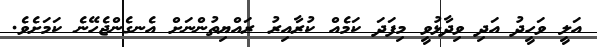
އަލީ ވަހީދު އަދި ވިދާޅުވީ މިފަދަ ކަމެއް ކުރާއިރު ރައްޔިތުންނަށް އެނގެންޖެހޭނެ ކަމަށެވެ.